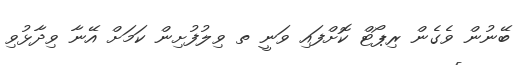
ބޭނުން ވެގެން ރިޕޯޓް ކޮށްފައި ވަނީ ތ ވިލުފުށިން ކަމަށް އޭނާ ވިދާޅުވި